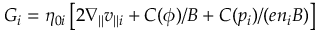
G _ { i } = \eta _ { 0 i } \left[ 2 \nabla _ { \| } v _ { \| i } + C ( \phi ) / B + C ( p _ { i } ) / ( e n _ { i } B ) \right]